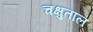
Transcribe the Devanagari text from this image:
चक्षुताल